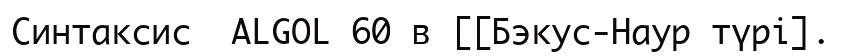
Синтаксис  ALGOL 60 в [[Бэкус-Наур түрі].